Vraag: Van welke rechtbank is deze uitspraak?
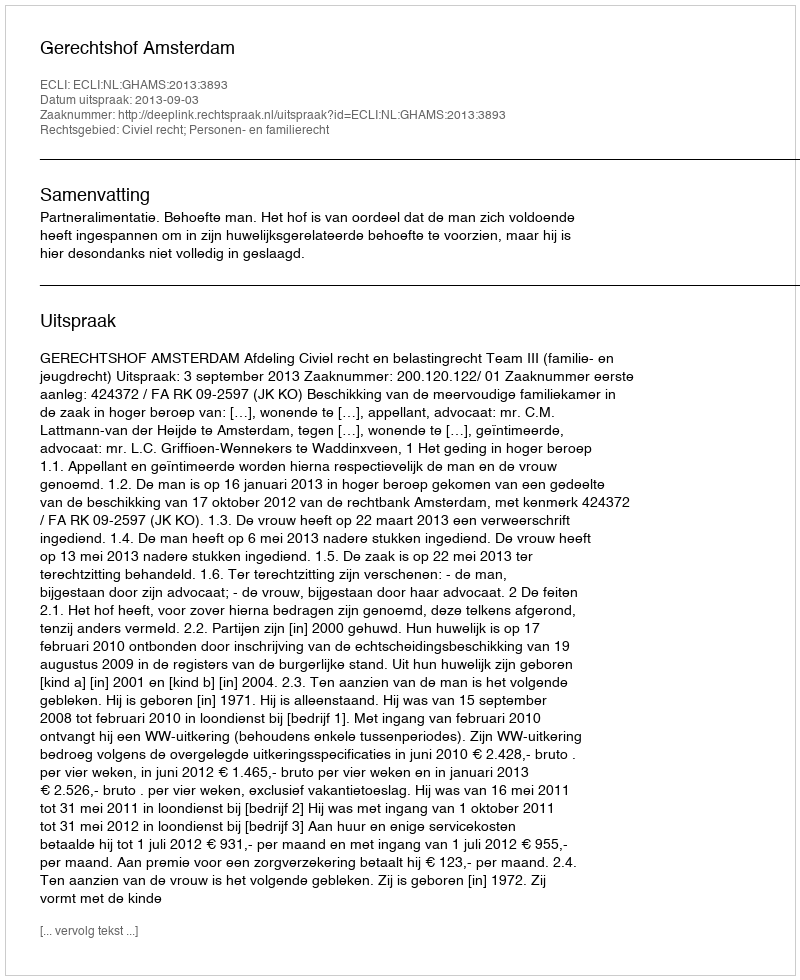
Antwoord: Gerechtshof Amsterdam